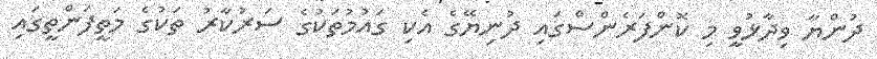
ދުންޔާ ވިދާޅުވީ މި ކޮންފަރެންސްގައި ދުނިޔޭގެ އެކި ގައުމުތަކުގެ ސަރުކާރު ތަކުގެ މަތީފަންތީގައި